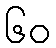
၆၀